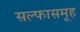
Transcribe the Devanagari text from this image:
सल्फासमूह